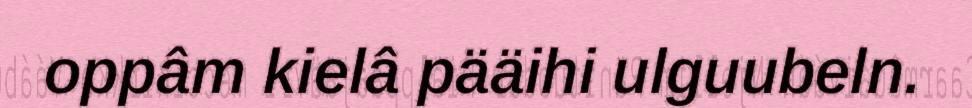
oppâm kielâ pääihi ulguubeln.